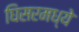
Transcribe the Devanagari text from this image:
घिसरमध्ये